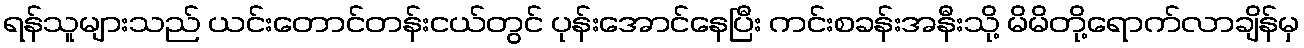
ရန်သူများသည် ယင်းတောင်တန်းငယ်တွင် ပုန်းအောင်နေပြီး ကင်းစခန်းအနီးသို့ မိမိတို့ရောက်လာချိန်မှ